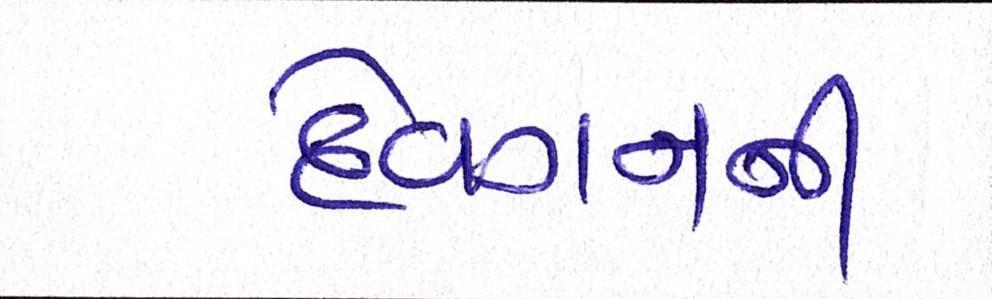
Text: દેવગનની